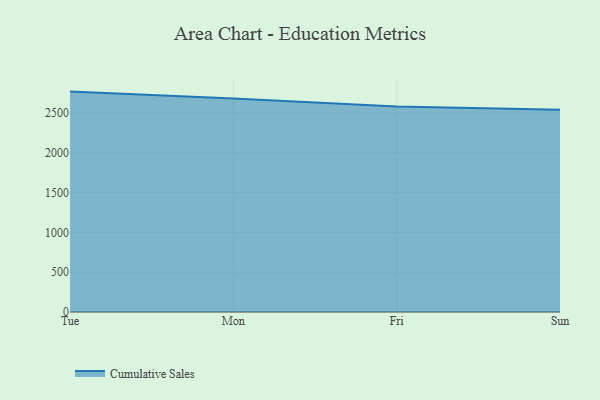
{"axis": {"x": "Day", "y": "Bounce Rate (%)"}, "legend": ["Cumulative Sales"], "data": [{"x": "Tue", "y": 2770.0, "type": "Cumulative Sales"}, {"x": "Mon", "y": 2684.0, "type": "Cumulative Sales"}, {"x": "Fri", "y": 2583.4, "type": "Cumulative Sales"}, {"x": "Sun", "y": 2541.1, "type": "Cumulative Sales"}]}